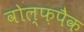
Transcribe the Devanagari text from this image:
वोल्फ़पैक